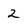
Character: 2